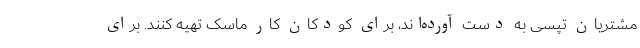
مشتریان تپسی به دست آورده‌اند، برای کودکان کار ماسک تهیه کنند. برای